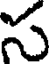
స